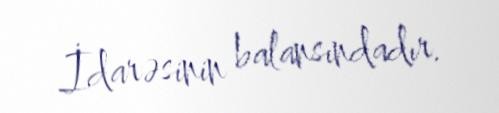
İdarəsinin balansındadır.